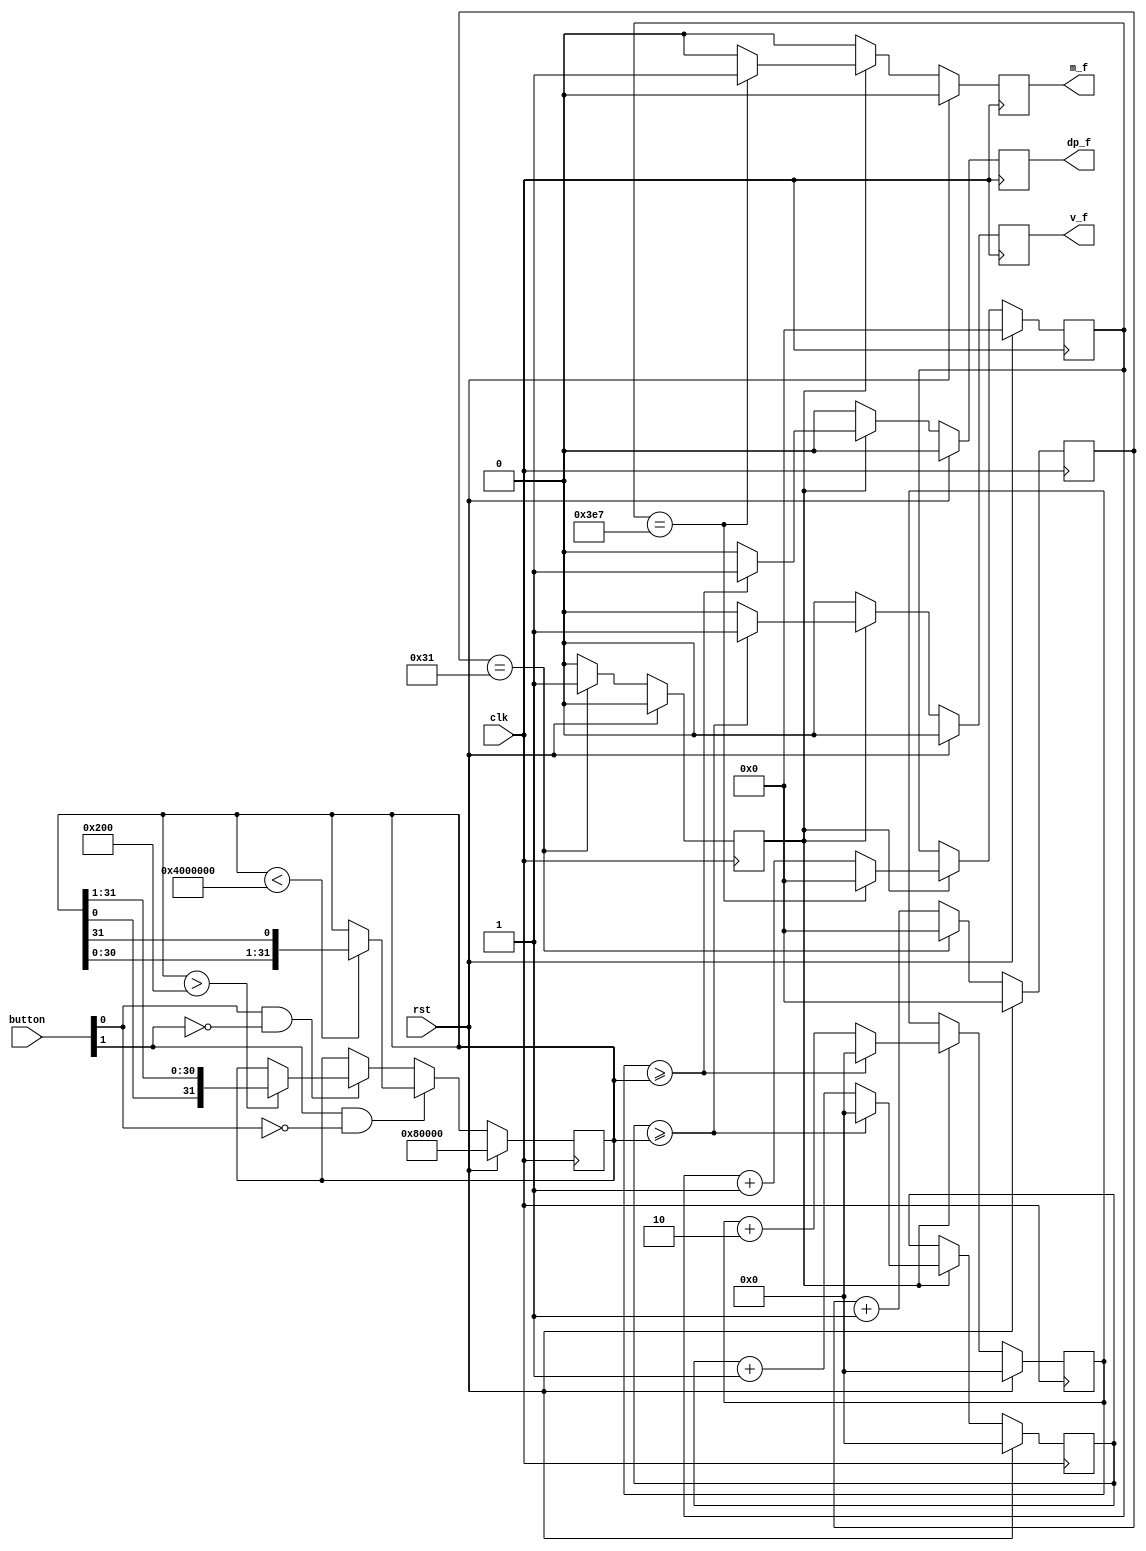
module f_div(
	input clk,
	input rst,
	input [1:0] button,
	output reg m_f,
	output reg v_f,
	output reg dp_f
);
	reg [15:0]us_counter;
	reg [15:0]ms_counter;
	reg [31:0]vf_counter;
	reg [31:0]dp_counter;
	reg [31:0]v_max;
	reg u_f;
	
	always@(posedge clk)begin
		if(rst)begin
			us_counter<=0;
			u_f<=0;
		end
		else begin
			u_f<=0;
			if(us_counter == 49)begin
				us_counter<=0;
				u_f<=1;
			end
			else begin
				us_counter<=us_counter+1;
			end
		end
	end
	
	always@(posedge clk)begin
		if(rst)begin
			ms_counter<=0;
			m_f<=0;
		end
		else begin
			m_f<=0;
			if(u_f)begin
				if(ms_counter==999)begin
					ms_counter<=0;
					m_f<=1;
				end
				else begin
					ms_counter<=ms_counter+1;
				end
			end
		end
	end
	
	always@(posedge clk)begin
		if(rst)begin
			vf_counter<=0;
			v_f<=0;
		end
		else begin
			v_f<=0;
			if(u_f)begin
				if(vf_counter >= v_max)begin
					vf_counter<=0;
					v_f<=1;
				end
				else begin
					vf_counter<=vf_counter+1;
				end
			end
		end
	end
	
	always@(posedge clk)begin
		if(rst)begin
			dp_counter<=0;
			dp_f<=0;
		end
		else begin
			dp_f<=0;
			if(u_f)begin
				if(dp_counter >= v_max)begin
					dp_counter<=0;
					dp_f<=1;
				end
				else begin
					dp_counter<=dp_counter+2;
				end
			end
		end
	end
	//CHANGE VARI COUNTER TO M_F NOT U_F PLEASE
	
	always@(posedge clk)begin
		if(rst)begin
			v_max<=32'h0008_0000;
		end
		else if(button[1]&~button[0])begin
			if(v_max < 32'h0400_0000)begin
				v_max <= {v_max[30:0],v_max[31]};
			end
		end
		else if(button[0]&~button[1])begin
			if(v_max > 32'h0000_0200)begin
				v_max <= {v_max[0],v_max[31:1]};
			end
		end
	end
endmodule